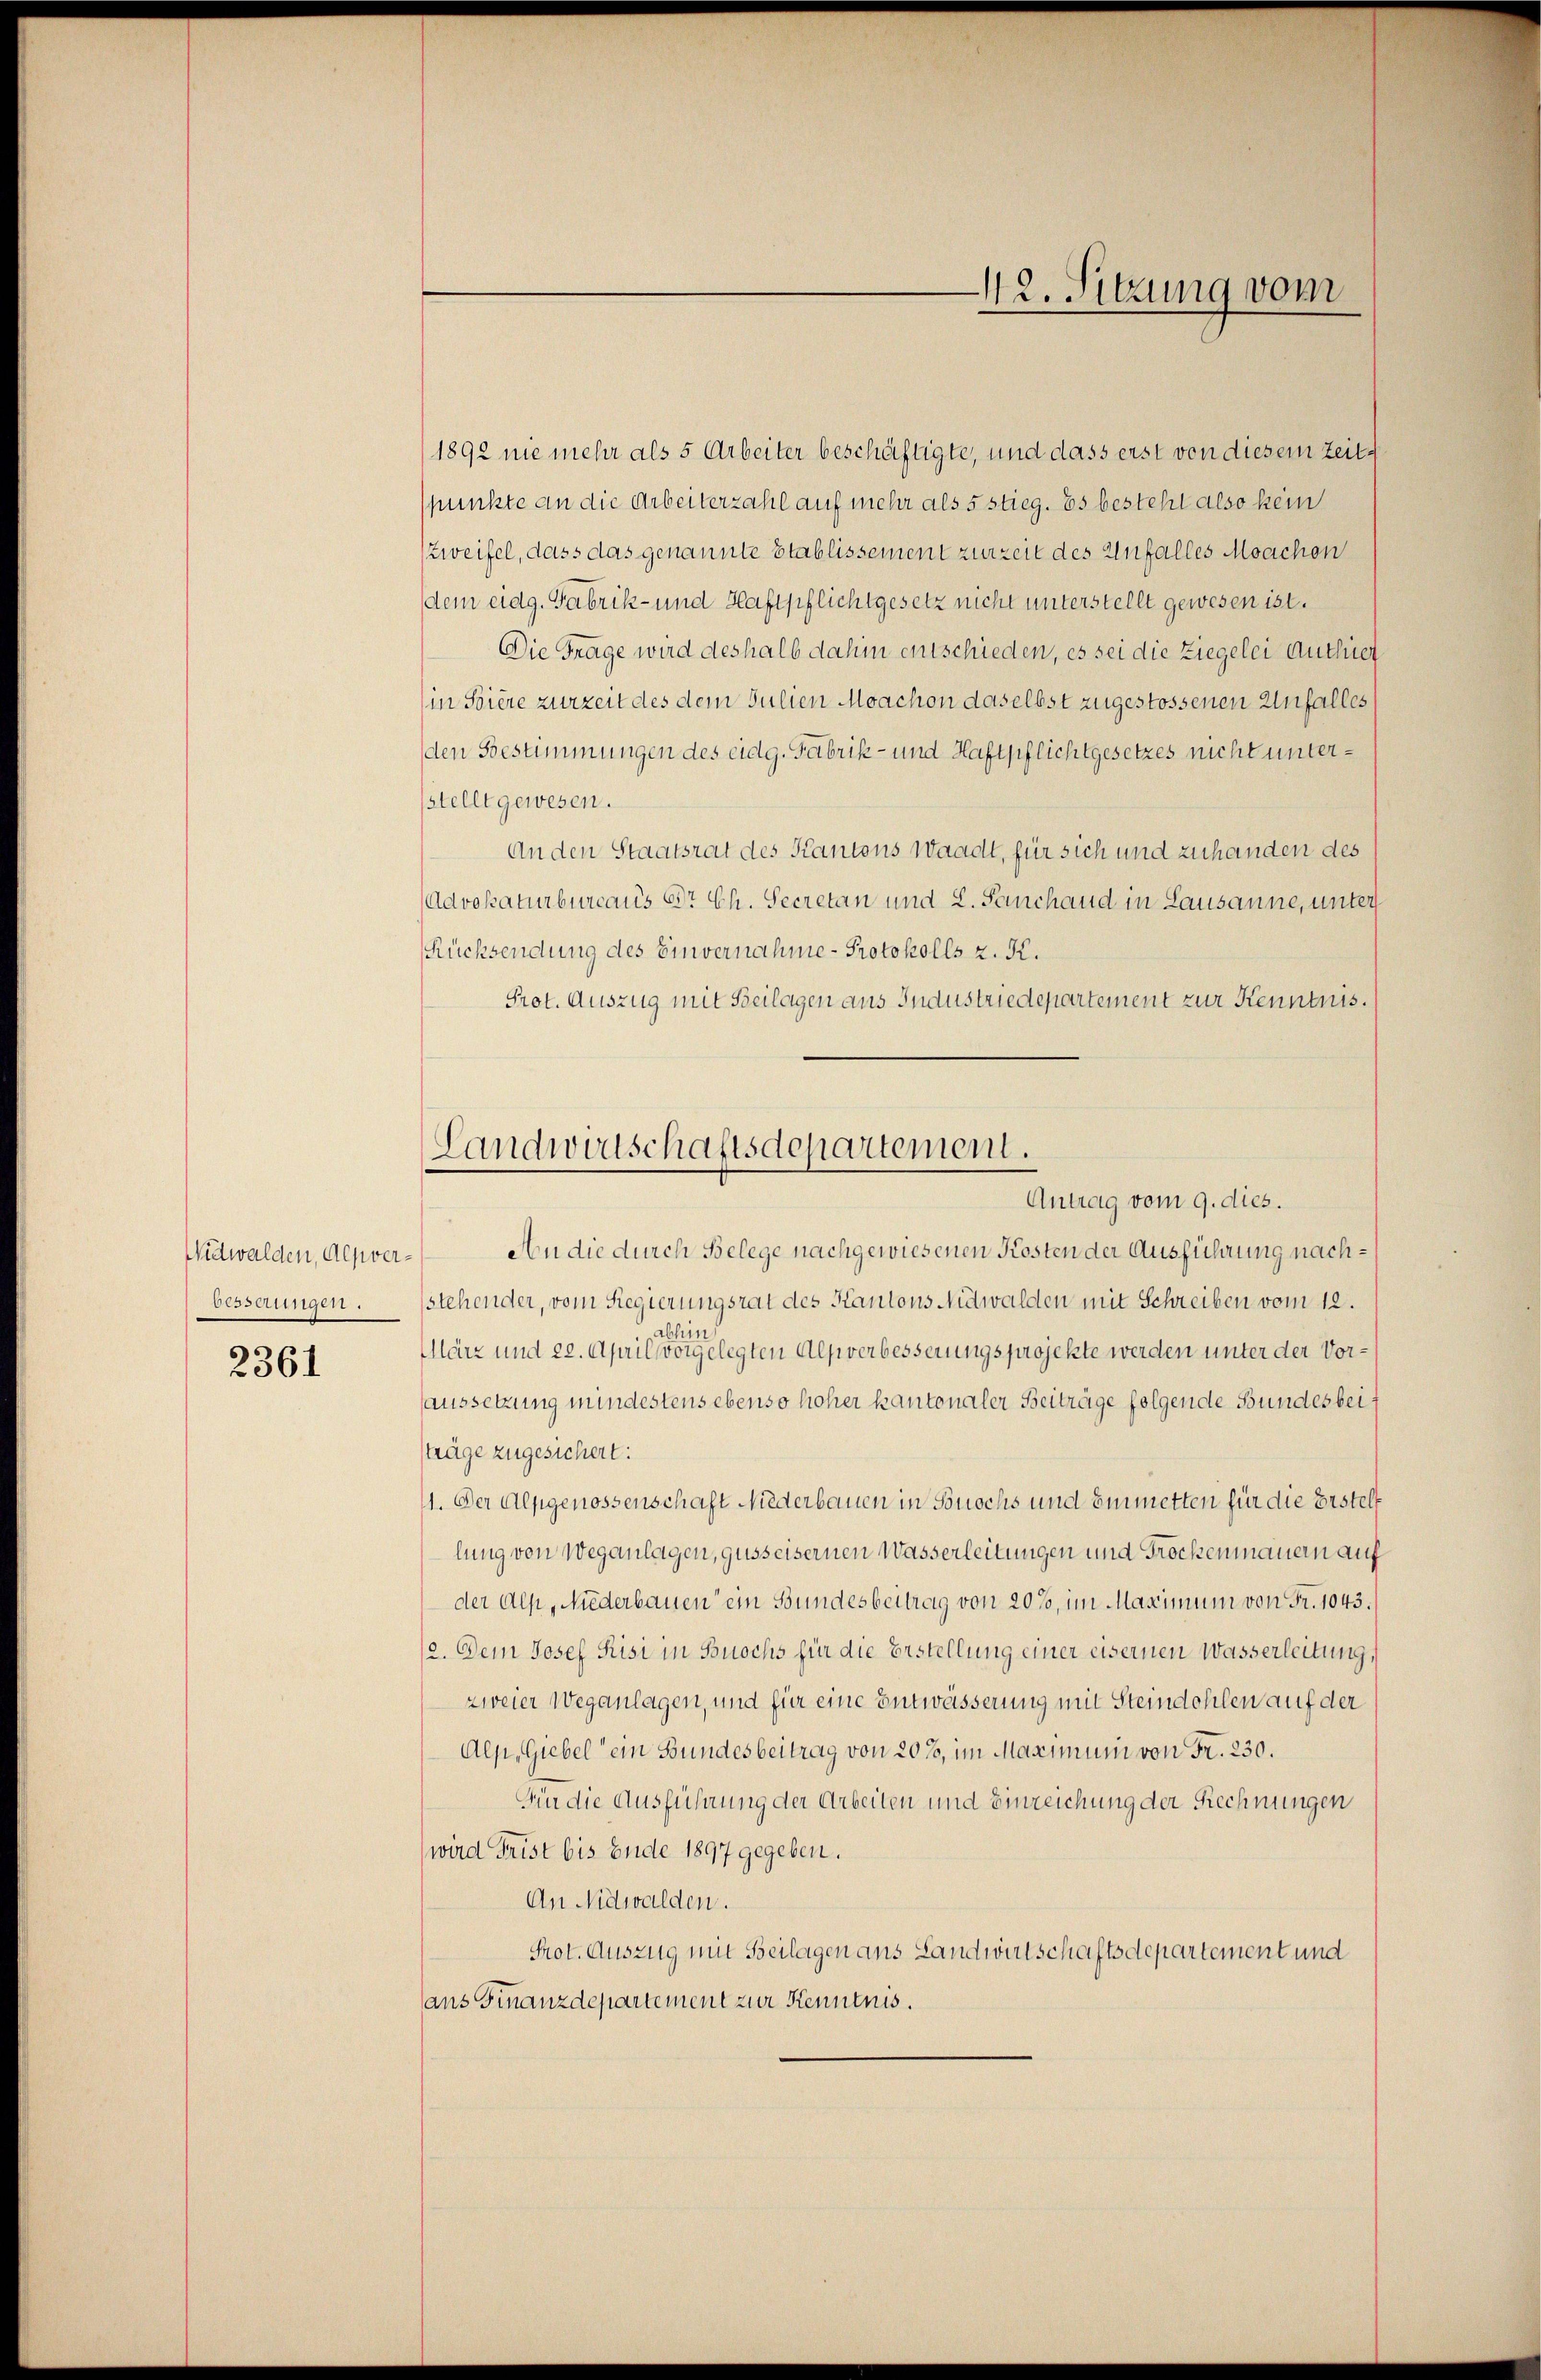
Nidwalden, Alpverbesserungen.

2361

1892 nie mehr als 5 Arbeiter beschäftigte, und dass erst von diesem Zeitspunkte an die Arbeiterzahl auf mehr als 5 stieg. Es besteht also kein
Zweifel, dass das genannte Stablissement zurzeit des Anfalles Moachen
dem eidg. Fabrik- und Haftpflichtgesetz nicht unterstellt gewesen ist.
Die Frage wird deshalb dahin entschieden, es sei die Ziegelei Authet
in Soiere zurzeit des dem Julien Moachon daselbst zugestossenen Unfalles
den Bestimmungen des eidg. Fabrik- und Haftpflichtgesetzes nicht untersstellt gewesen.
An den Staatsrat des Kantons Waadt, für sich und zuhanden des
Advokaturbureaus Dr. Ch. Secretan und L. Sanchand in Lausanne, unter
Rücksendung des Einvernahme- Protokolls z. K.
Prot. Auszug mit Beilagen aus Industriedepartement zur Kenntnis.
An die durch Belege nachgewiesenen Kosten der Ausführung nachstehender, vom Regierungsrat des Kantons Nidwalden mit Schreiben vom 12.
abhin
März und 20. April vorgelegten Alpverbesserungsprojekte werden unter der Voraussetzung mindestens ebenso hoher kantonaler Beiträge folgende Bundesbeisträge zugesichert:
11. Der Alpgenossenschaft Niederbauen in Buochs und Emmetten für die Bestell
lung von Weganlagen, gusseisernen Wasserleitungen und Trockenmauern auf
der Alp, Niederbauen ein Bundesbeitrag von 20%, im Maximum von Fr. 1043.
12. Dem Josef Risi in Buochs für die Erstellung einer eisernen Wasserleitung,
zweier Weganlagen, und für eine Entwässerung mit Steindohlen auf der
Alp, Giebel ein Bundesbeitrag von 20%, im Maximum von Fr. 230.
Fin die Ausführung der Arbeiten und Einreichung der Rechnungen
(wird Frist bis Ende 1897 gegeben.
An Nidwalden.
Prot. Auszug mit Beilagen ans Landwirtschaftsdepartement und
ans Finanzdepartement zur Kenntnis.

42. Sitzung vom

Landwirtschaftsdepartement.
Antrag vom 9. dies.